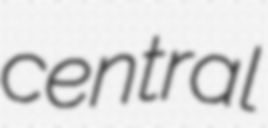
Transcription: central